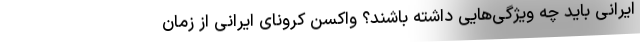
ایرانی باید چه ویژگی‌هایی داشته باشند؟ واکسن کرونای ایرانی از زمان